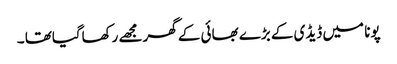
پونا میں ڈیڈی کے بڑے بھائی کے گھرمجھے رکھاگیاتھا ۔